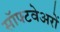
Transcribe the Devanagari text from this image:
सॉफ्टवेअरों